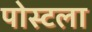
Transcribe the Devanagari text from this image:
पोस्टला